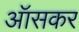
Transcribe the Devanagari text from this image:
ऑसकर